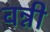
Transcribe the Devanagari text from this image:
वन्नी